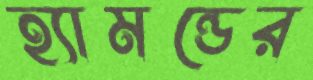
হ্যামন্ডের